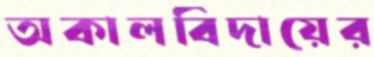
অকালবিদায়ের